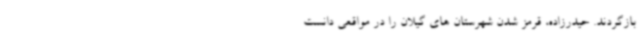
بازگردند. حیدرزاده، قرمز شدن شهرستان های گیلان را در مواقعی دانست